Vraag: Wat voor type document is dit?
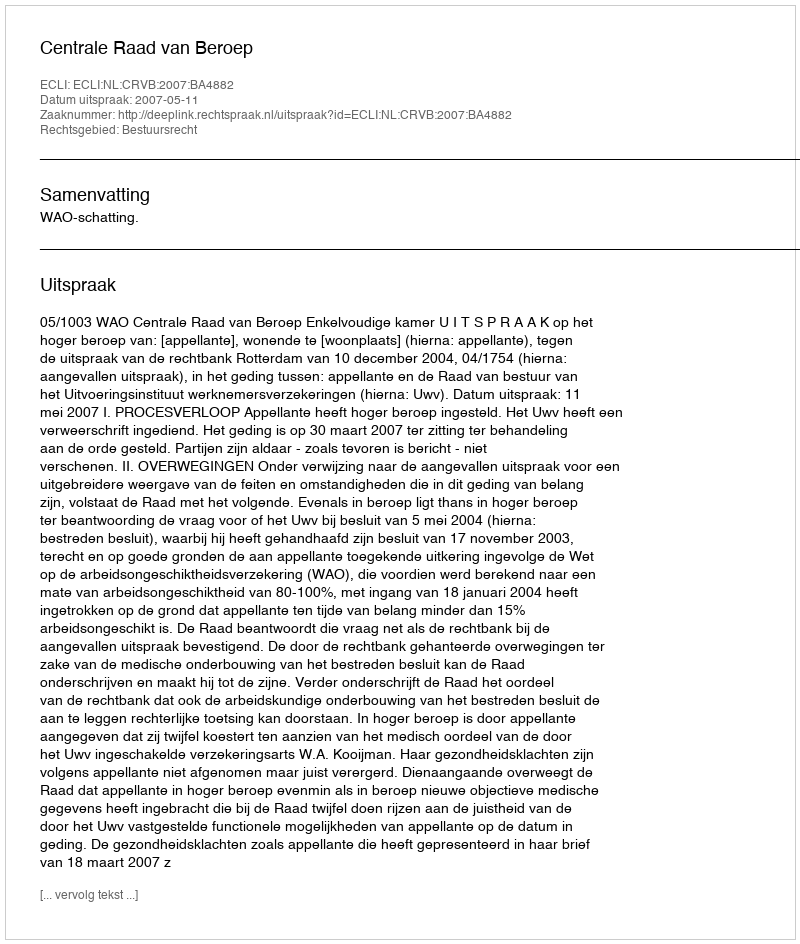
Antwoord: Uitspraak